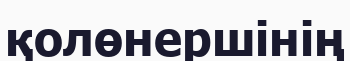
қолөнершінің